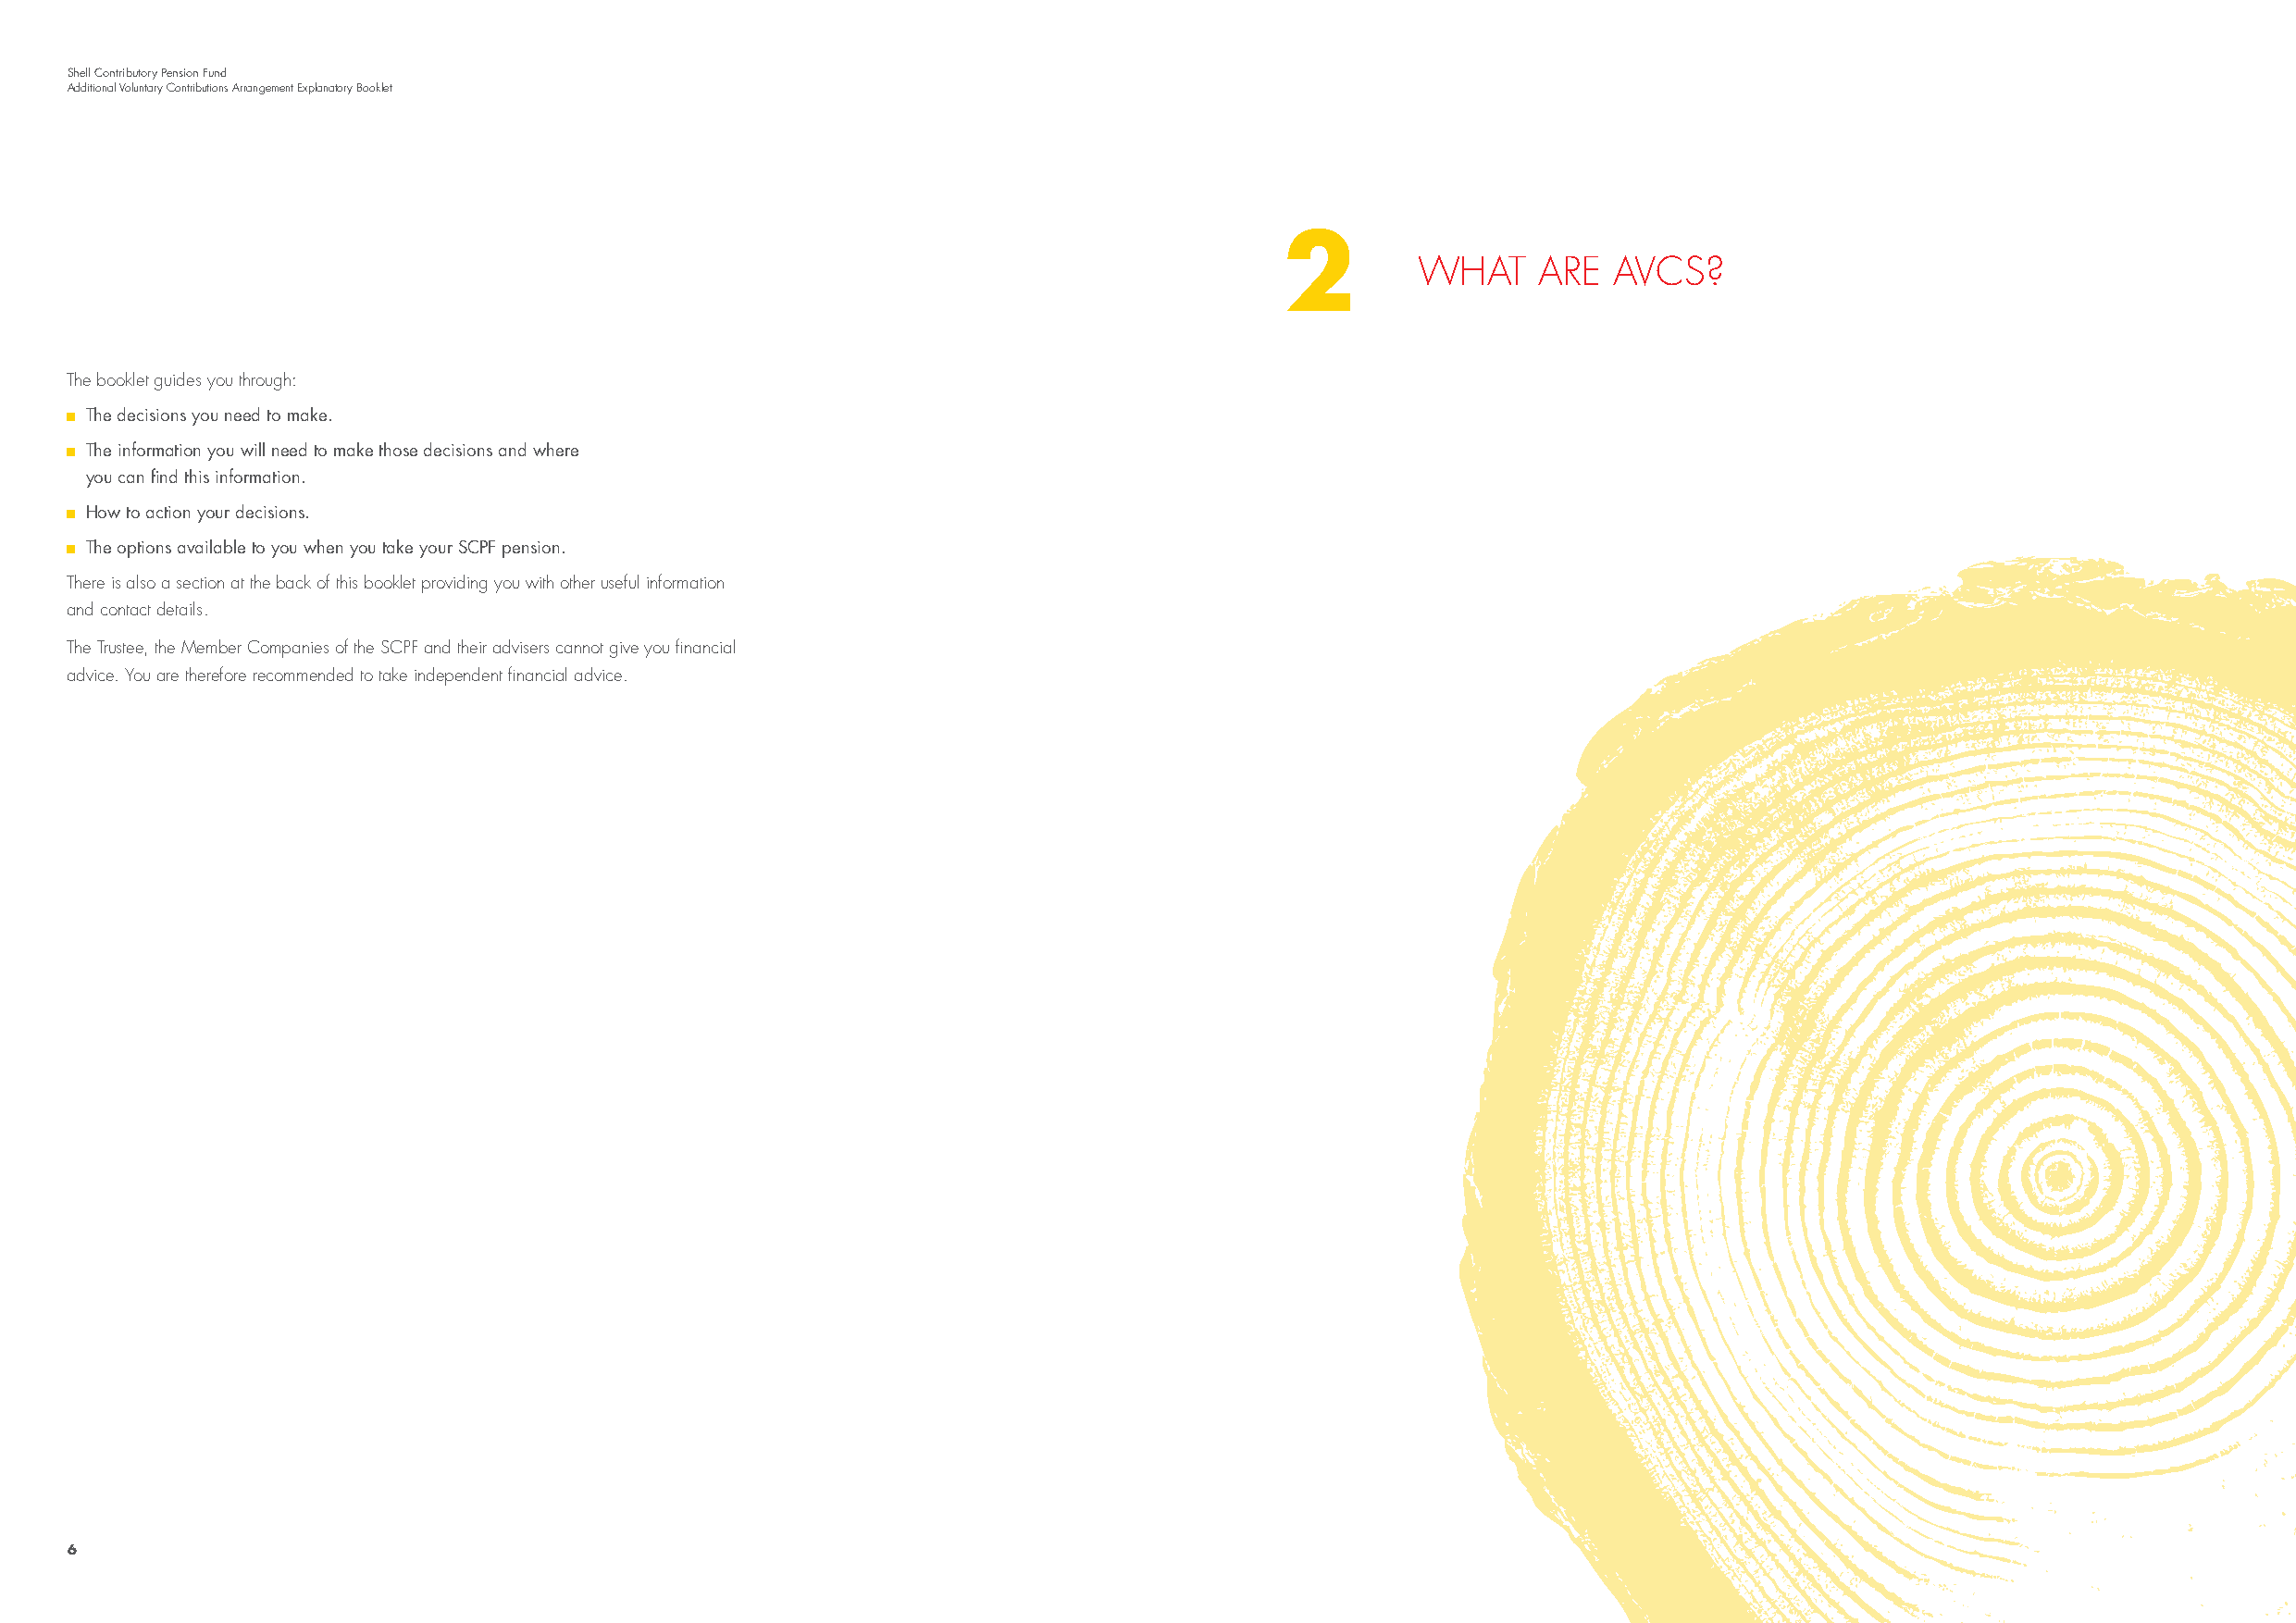
Shell Contributory Pension Fund
 Additional Voluntary Contributions Arrangement Explanatory Booklet
 2
 WHAT     ARE  AVCS?
 The booklet guides you through:
 The decisions you need to make.
 The information you will need to make those decisions and where
 you can find this information.
 How to action your decisions.
 The options available to you when you take your SCPF pension.
 There is also a section at the back of this booklet providing you with other useful information
 and contact details.
 The Trustee, the Member Companies of the SCPF and their advisers cannot give you financial
 advice. You are therefore recommended to take independent financial advice.
 6